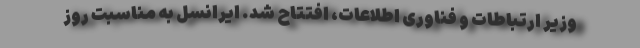
وزیر ارتباطات و فناوری اطلاعات، افتتاح شد. ایرانسل به مناسبت روز